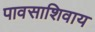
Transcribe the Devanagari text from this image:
पावसाशिवाय